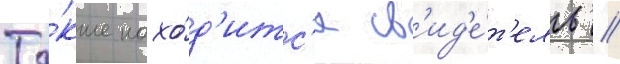
Та́кже нахо́д'итс'я св'ид'е́т'ель /